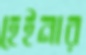
হেইনার